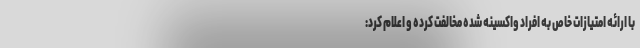
با ارائه امتیازات خاص به افراد واکسینه شده مخالفت کرده و اعلام کرد: